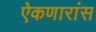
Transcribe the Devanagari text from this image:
ऐकणारांस